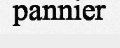
pannier